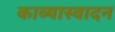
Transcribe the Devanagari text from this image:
काव्यास्वादन